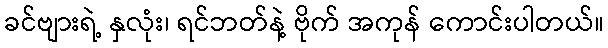
ခင်ဗျားရဲ့ နှလုံး၊ ရင်ဘတ်နဲ့ ဗိုက် အကုန် ကောင်းပါတယ်။